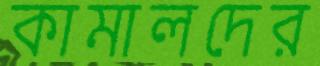
কামালদের